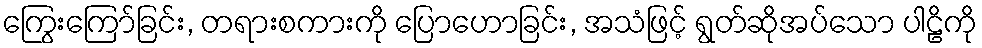
ကြွေးကြော်ခြင်း, တရားစကားကို ပြောဟောခြင်း, အသံဖြင့် ရွတ်ဆိုအပ်သော ပါဠိကို